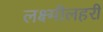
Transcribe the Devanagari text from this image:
लक्ष्मीलहरी